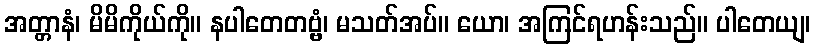
အတ္တာနံ၊ မိမိကိုယ်ကို။ နပါတေတဗ္ဗံ၊ မသတ်အပ်။ ယော၊ အကြင်ရဟန်းသည်။ ပါတေယျ၊